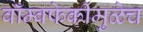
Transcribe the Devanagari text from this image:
बॉम्बफेकीमुळेच